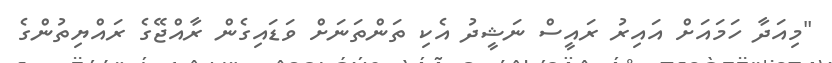
"މިއަދާ ހަމައަށް އައިރު ރައީސް ނަޝީދު އެކި ތަންތަނަށް ވަޑައިގެން ރާއްޖޭގެ ރައްޔިތުންގެ